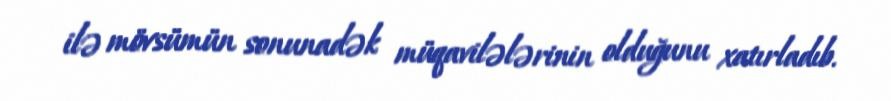
ilə mövsümün sonunadək müqavilələrinin olduğunu xatırladıb.